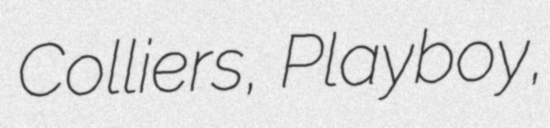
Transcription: Colliers, Playboy,